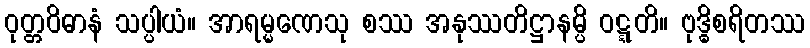
ဝုတ္တဝိဓာနံ သပ္ပါယံ။ အာရမ္မဏေသု စဿ အနုဿတိဋ္ဌာနမ္ပိ ဝဋ္ဋတိ။ ဗုဒ္ဓိစရိတဿ